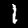
Label: 1